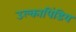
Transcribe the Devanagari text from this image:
उल्कापिंडिय